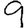
Digit: 9